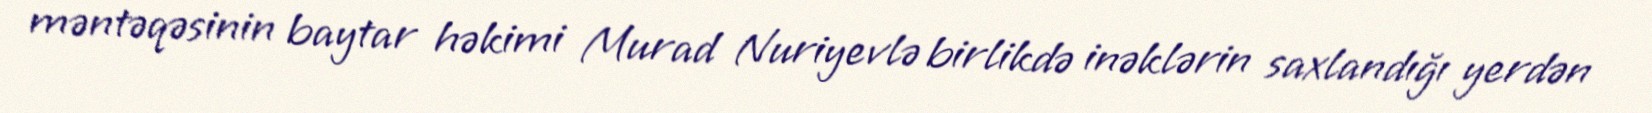
məntəqəsinin baytar həkimi Murad Nuriyevlə birlikdə inəklərin saxlandığı yerdən